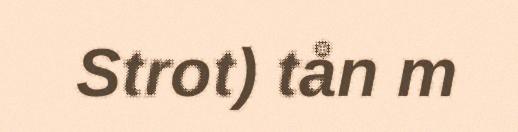
Strot) tån m